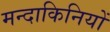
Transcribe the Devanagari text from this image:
मन्दाकिनियों